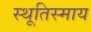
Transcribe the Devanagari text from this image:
स्थूतिस्माय